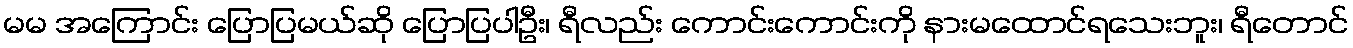
မမ အကြောင်း ပြောပြမယ်ဆို ပြောပြပါဦး၊ ရီလည်း ကောင်းကောင်းကို နားမထောင်ရသေးဘူး၊ ရီတောင်